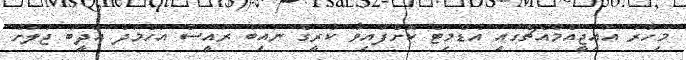
މިހާރު އައިޖީއެމްއެޗްގައި އެޑްމިޓް ކޮށްފައިވާ ކުރީގެ ނައިބު ރައީސް އަހްމަދު އަދީބު ޖަލަށް